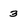
Character: 3